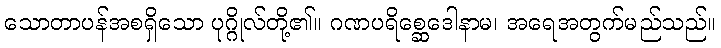
သောတာပန်အစရှိသော ပုဂ္ဂိုလ်တို့၏။ ဂဏပရိစ္ဆေဒေါနာမ၊ အရေအတွက်မည်သည်။